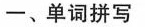
一、单词拼写